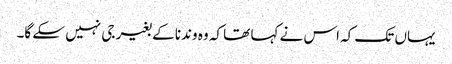
یہاں تک کہ اس نے کہا تھا کہ وہ وندنا کے بغیر جی نہیں سکے گا۔